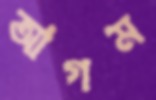
আগম